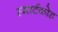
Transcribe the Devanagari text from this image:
स्मार्टकोड